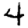
Digit: 4